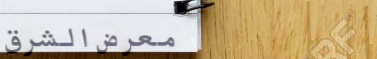
معرض الشرق